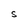
Character: S